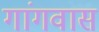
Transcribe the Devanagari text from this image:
गांगवास